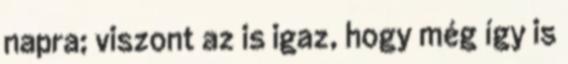
napra; viszont az is igaz, hogy még így is